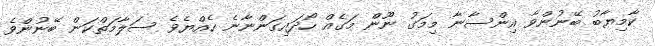
ކާމިޔާބު ބޭނުންވާ އިންސާނާ މިމަގު ނޫން މަގެއް ހޯދައިގަންނާނެ ހެއްޔެވެ ސަލާމަތްކަން ބޭނުންވެ